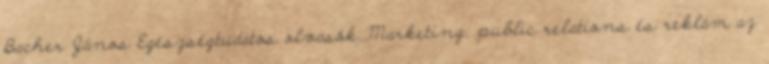
Bacher János Egészségtudatos olvasók,,Marketing, public relations és reklám az